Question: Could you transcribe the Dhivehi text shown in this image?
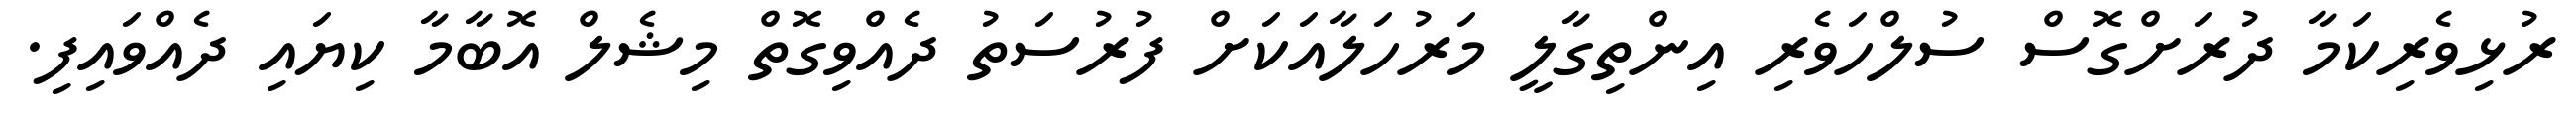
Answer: ރުޅިވެރިކަމާ ދުރަށްގޮސް ސުލްހަވެރި އިންތިގާލީ މަރުހަލާއަކަށް ފުރުސަތު ދެއްވިގޮތް މިޝެލް އޮބާމާ ކިޔައި ދެއްވައިފި.